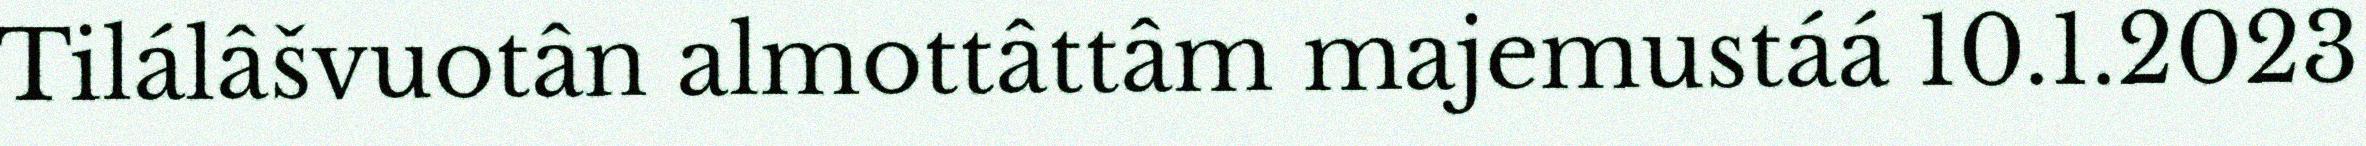
Tilálâšvuotân almottâttâm majemustáá 10.1.2023